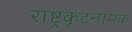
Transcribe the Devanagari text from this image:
राष्ट्रकूटनामक